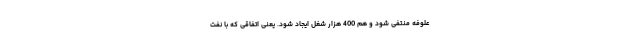
علوفه منتفی شود و هم 400 هزار شغل ایجاد شود. یعنی اتفاقی که با نفت